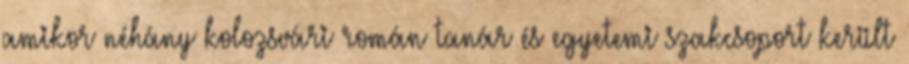
amikor néhány kolozsvári román tanár és egyetemi szakcsoport került